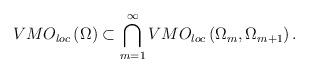
LaTeX: \begin{align*}VMO_{loc}\left( \Omega\right) \subset\bigcap\limits_{m=1}^{\infty}VMO_{loc}\left( \Omega_{m},\Omega_{m+1}\right) . \end{align*}